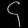
Digit: ၄